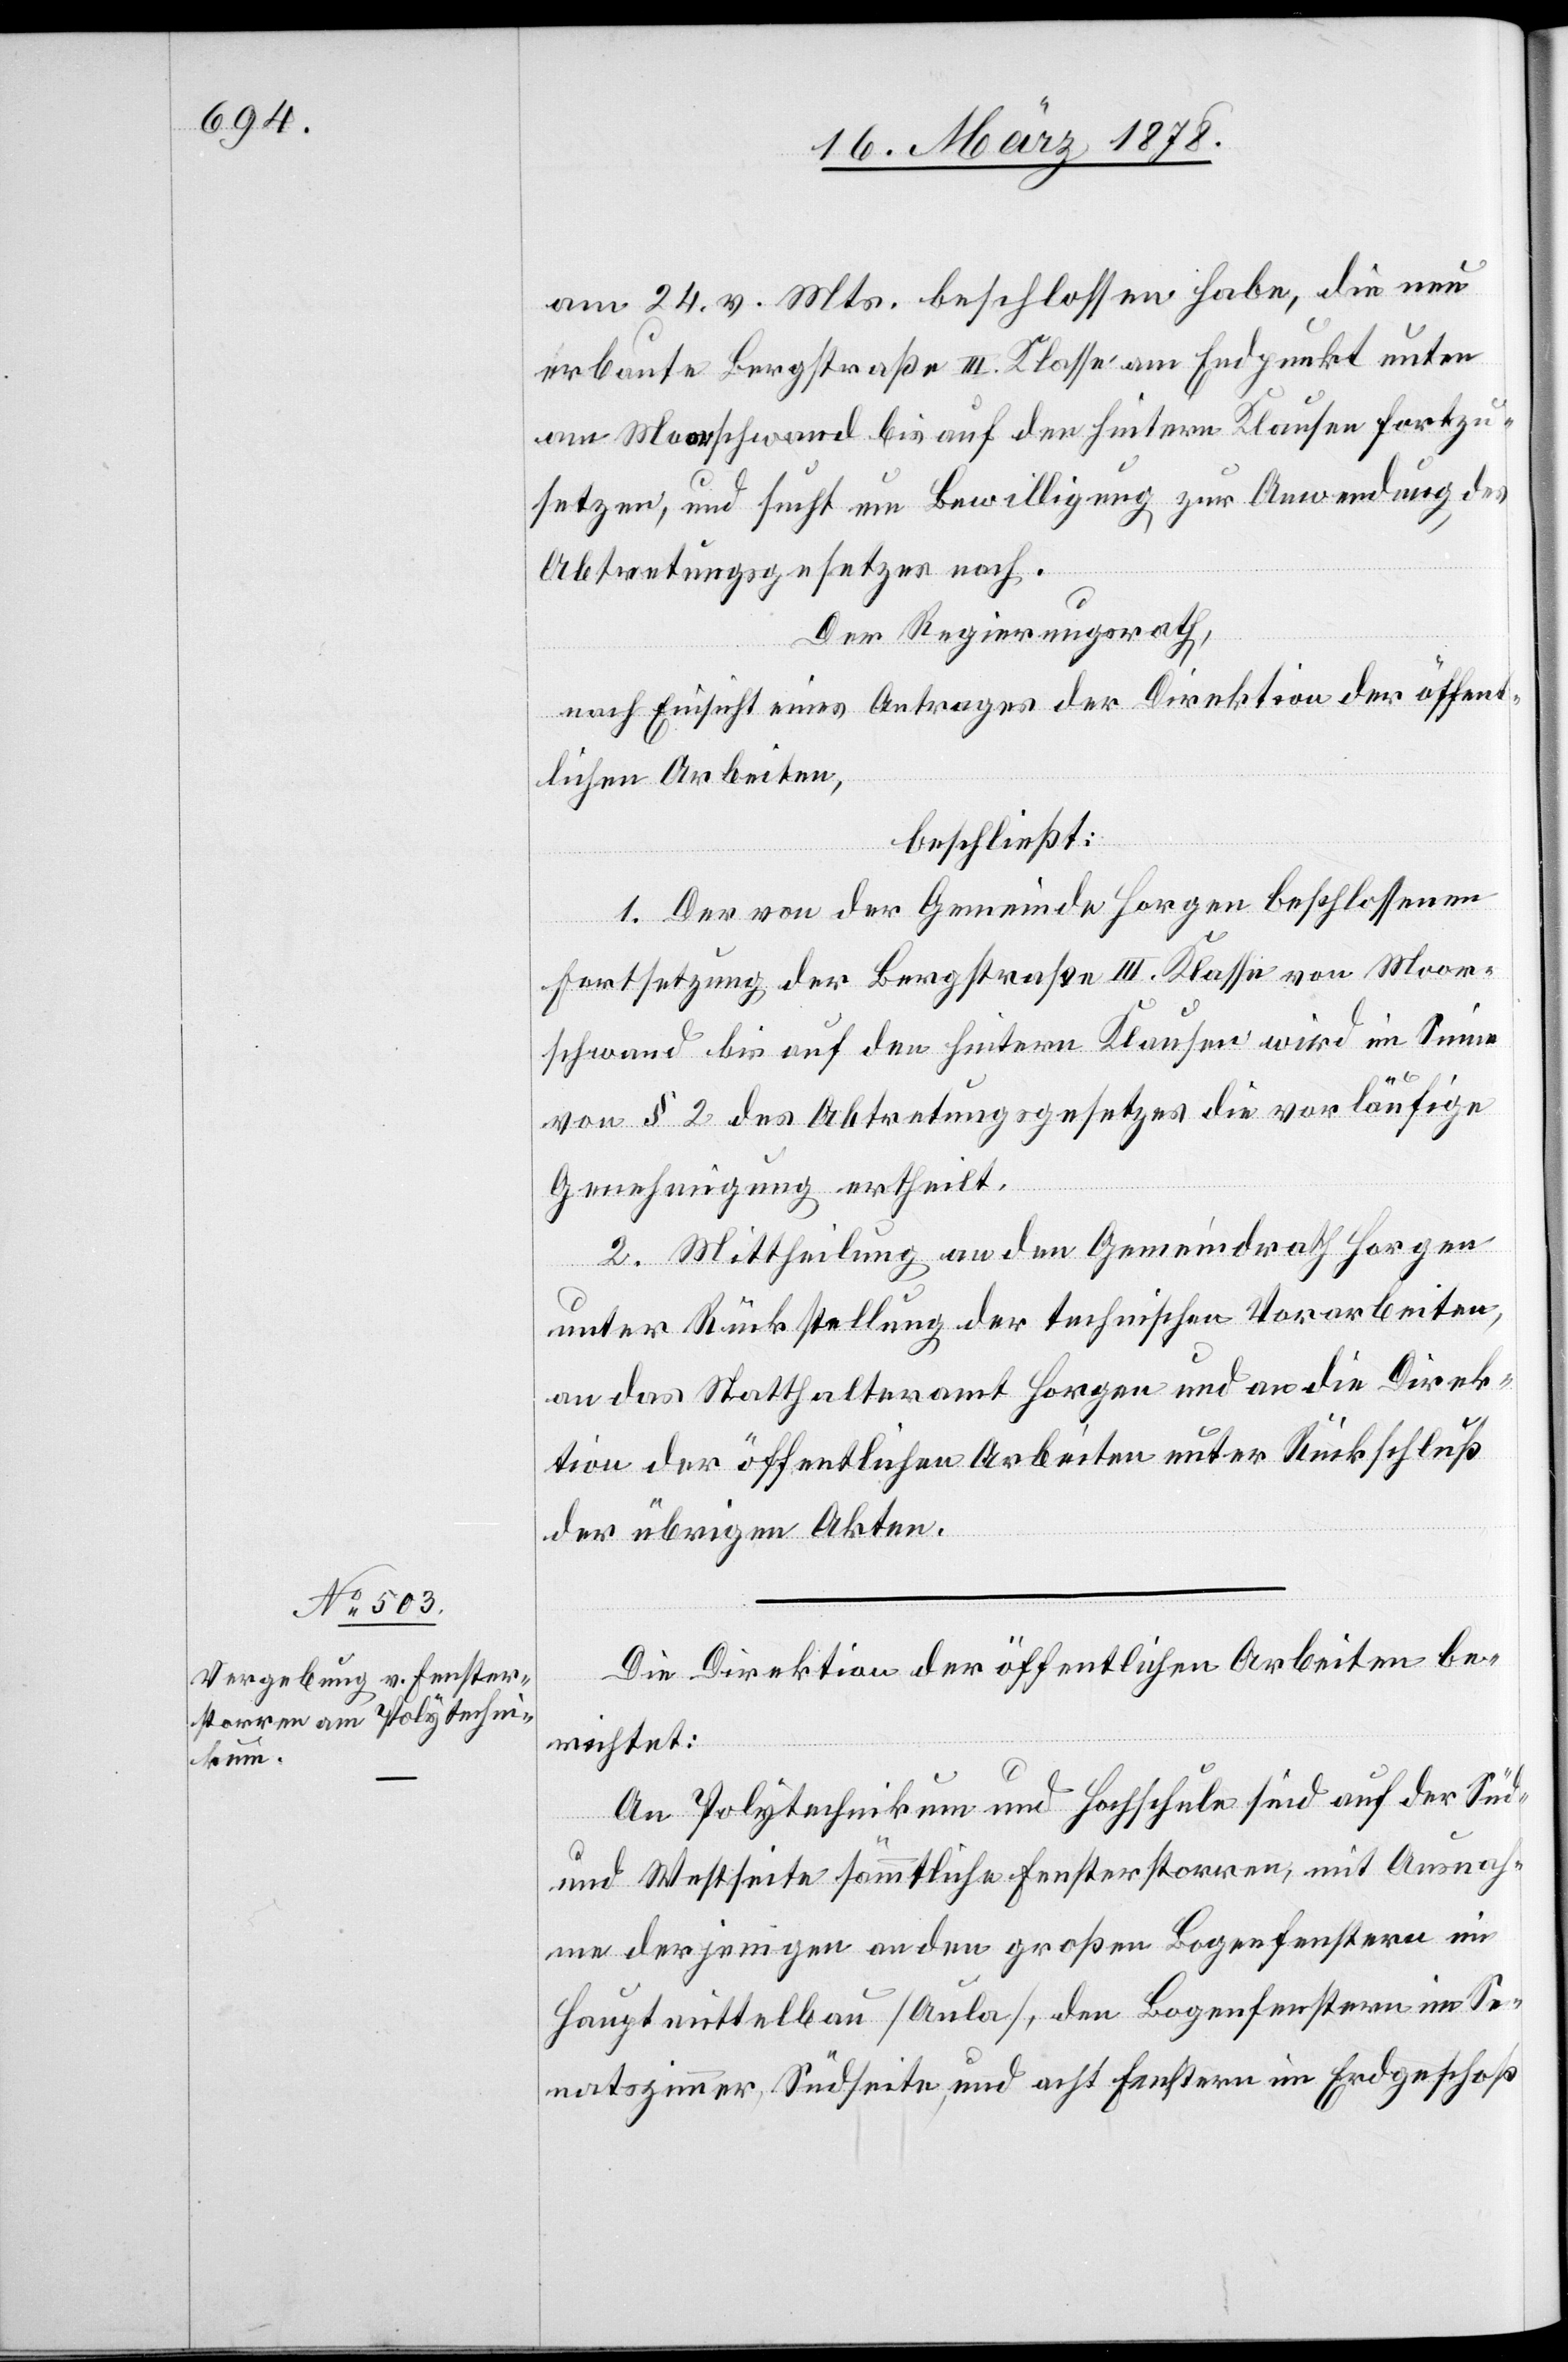
am 24. v. Mts. beschlossen habe, die neu
erbaute Bergstraße III. Klasse am Endpunkt unten
am Moorschwand bis auf den hintern Klausen fortzu¬
setzen, und sucht um Bewilligung zur Anwendung des
Abtretungsgesetzes nach.
Der Regierungsrath,
nach Einsicht eines Antrages der Direktion der öffent¬
lichen Arbeiten,
beschließt:
1. Der von der Gemeinde Horgen beschlossenen
Fortsetzung der Bergstraße III. Klasse von Moor¬
schwand bis auf den hintern Klausen wird im Sinne
von § 2 des Abtretungsgesetzes die vorläufige
Genehmigung ertheilt.
2. Mittheilung an den Gemeindrath Horgen
unter Rückstellung der technischen Vorarbeiten,
an das Statthalteramt Horgen und an die Direk¬
tion der öffentlichen Arbeiten unter Rückschluß
der übrigen Akten.
Die Direktion der öffentlichen Arbeiten be¬
richtet:
An Polytechnikum und Hochschule sind auf der Süd-
und Westseite sämmtliche Fensterstorren, mit Ausnah¬
me derjenigen an den großen Bogenfenstern im
Hauptmittelbau (Aula), den Bogenfenstern im Se¬
natszimmer, Südseite, und acht Fenstern im Erdgeschoß